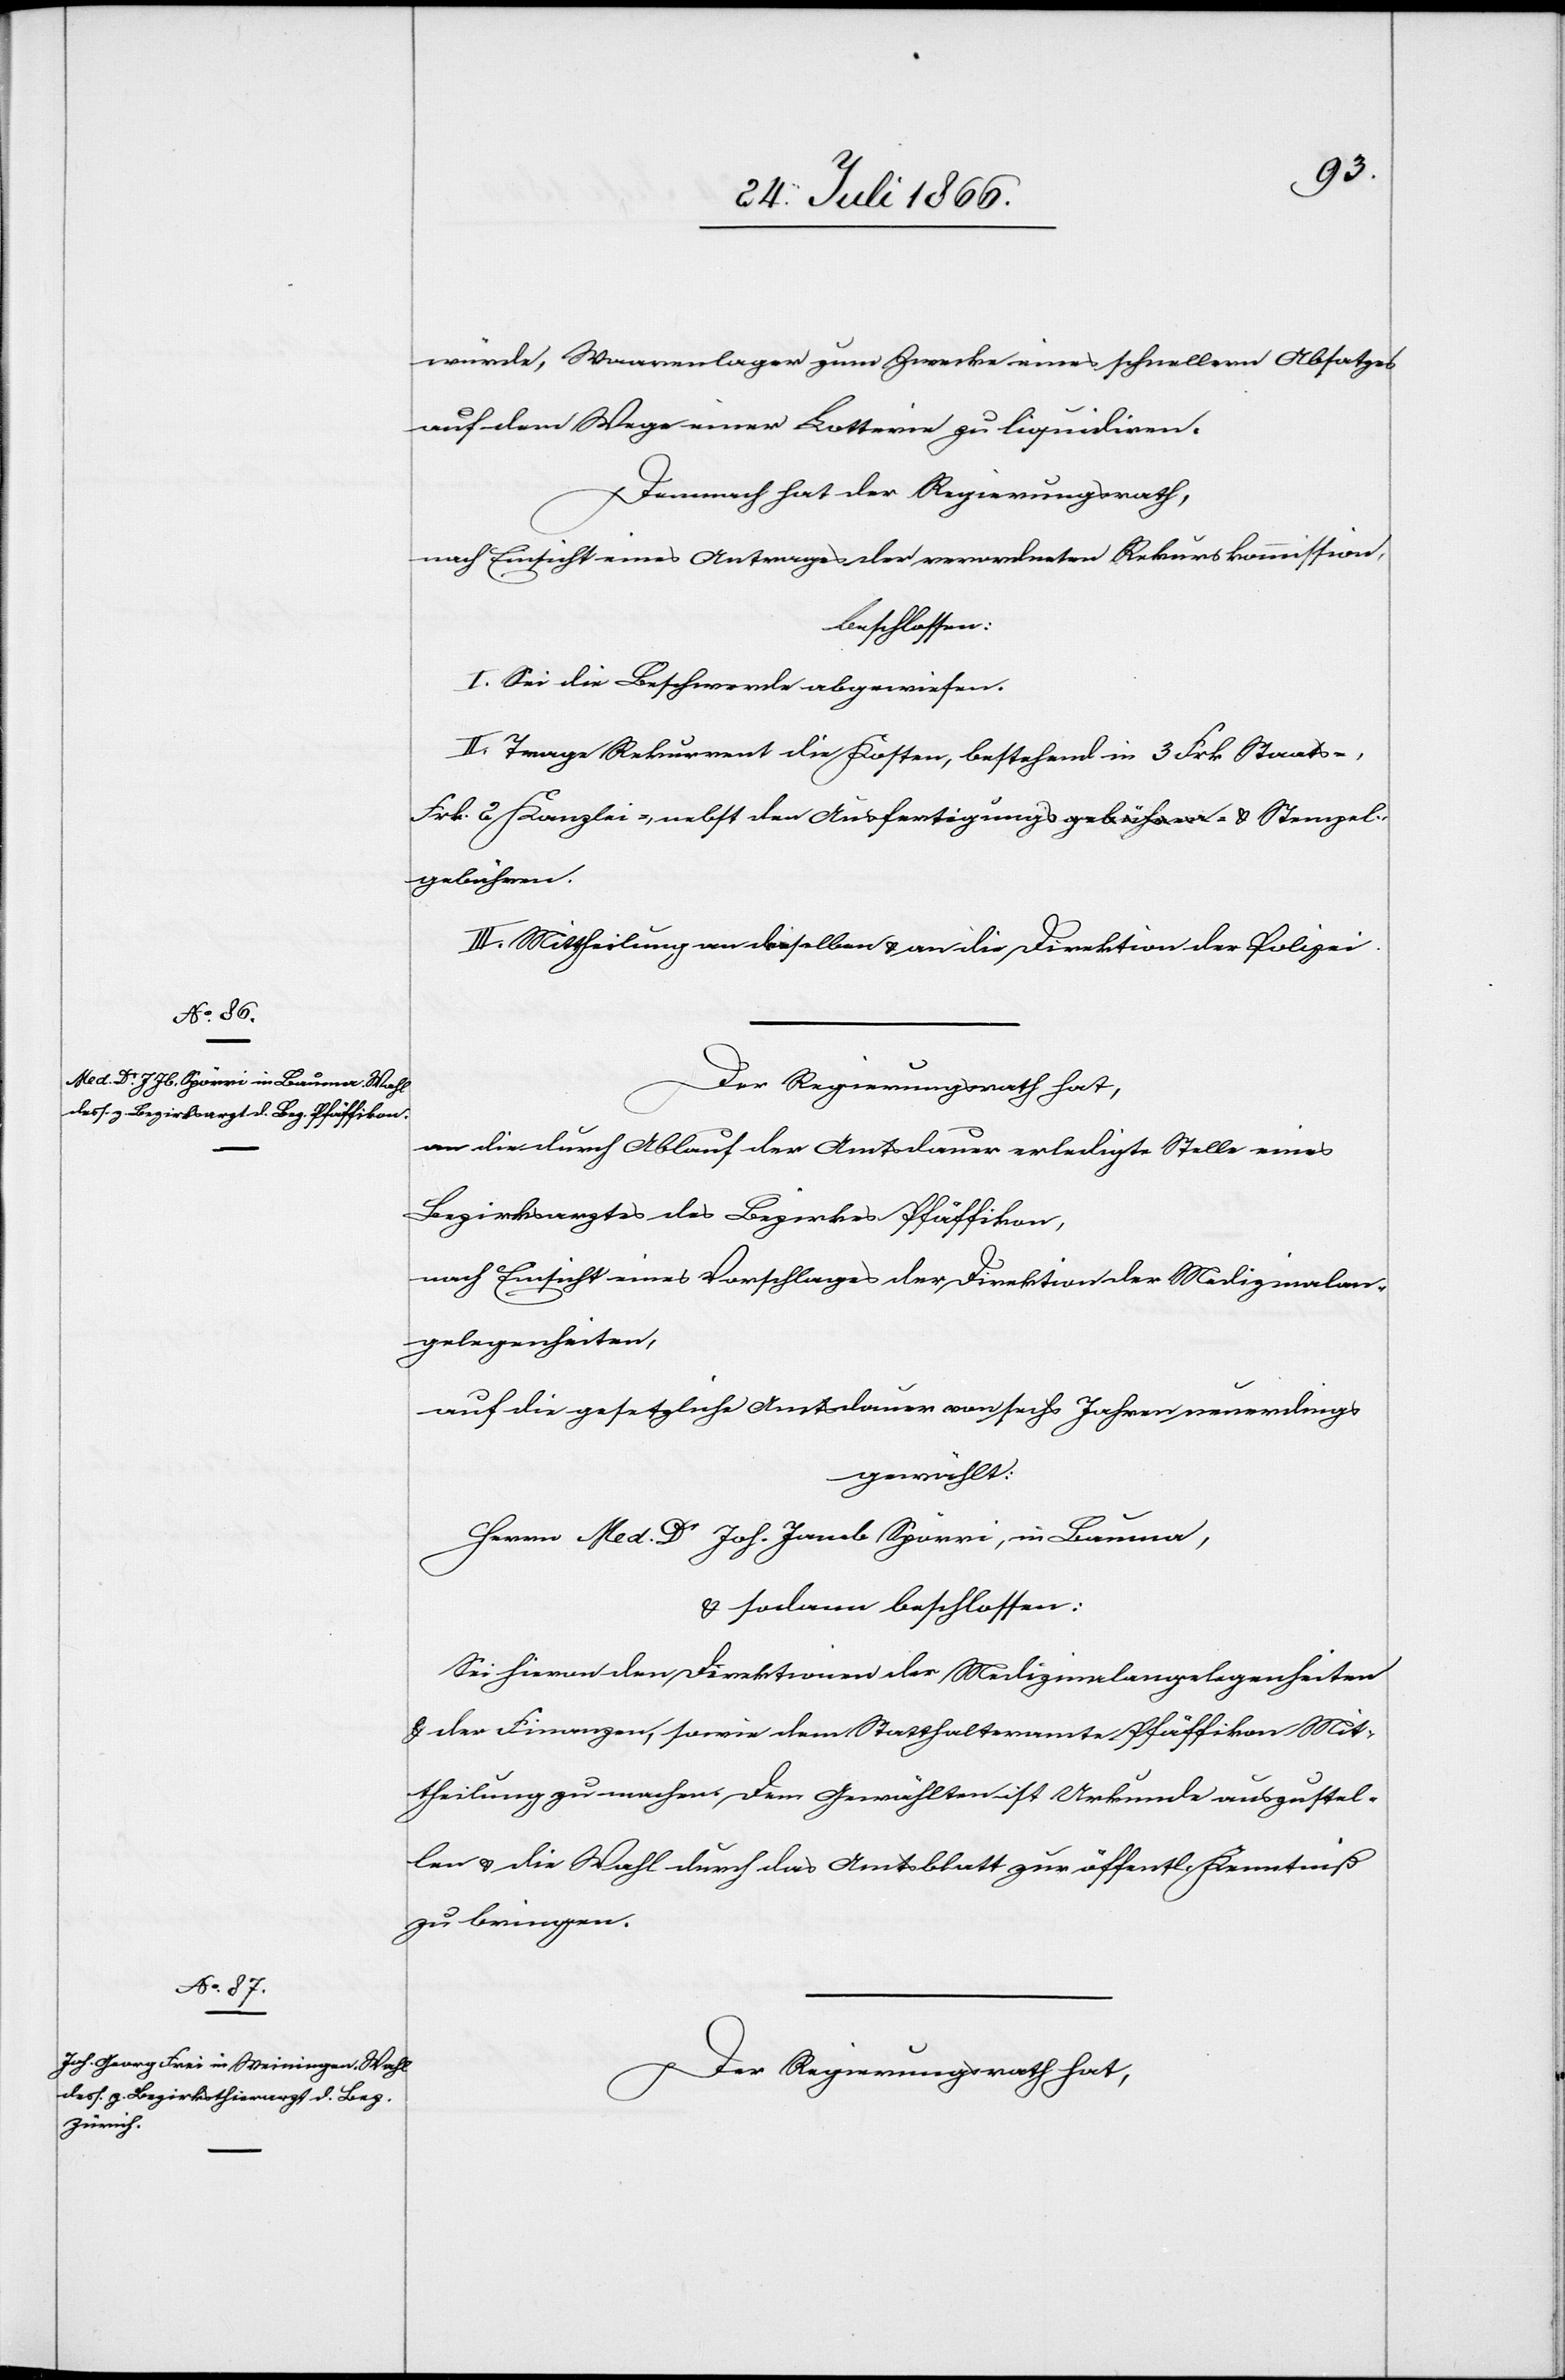
würde, Waarenlager zum Zwecke eines schnellen Absatzes
auf dem Wege einer Lotterie zu liquidiren.
Demnach hat der Regierungsrath,
nach Einsicht eines Antrages der verordneten Rekurskommission,
beschlossen:
I. Sei die Beschwerde abzuweisen.
II. Trage Rekurrent die Kosten, bestehend in 3 Frk. Staats-,
Frk. 2 Kanzlei-, nebst den Ausfertigungs- u. Stempel¬
gebühren.
III. Mittheilung an denselben u. an die Direktion der Polizei.
Der Regierungsrath hat,
an die durch Ablauf der Amtsdauer erledigte Stelle eines
Bezirksarztes des Bezirkes Pfäffikon,
nach Einsicht eines Vorschlages der Direktion der Medizinalan¬
gelegenheiten,
auf die gesetzliche Amtsdauer von sechs Jahren neuerdings
gewählt:
Herrn Med. Dr Joh. Jacob Spörri, in Bauma,
u. sodann beschlossen:
Sei hievon den Direktionen der Medizinalangelegenheiten
u. der Finanzen, sowie dem Statthalteramte Pfäffikon Mit¬
theilung zu machen. Dem Gewählten ist Urkunde auszustel¬
len u. die Wahl durch das Amtsblatt zur öffentlichen Kenntniß
zu bringen.
Der Regierungsrath hat,